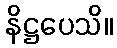
နိဋ္ဌပေသိ။